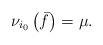
LaTeX: \begin{align*}\nu_{i_0}\left(\bar f\right)=\mu.\end{align*}